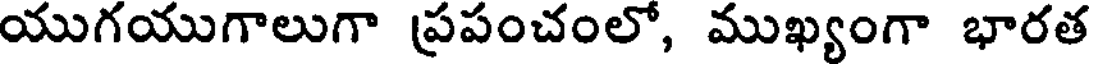
యుగయుగాలుగా ప్రపంచంలో, ముఖ్యంగా భారత